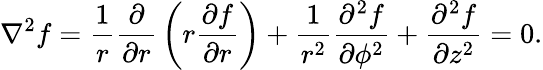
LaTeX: \nabla^{2}f={\frac{1}{r}}{\frac{\partial}{\partial r}}\left(r{\frac{\partial f}{\partial r}}\right)+{\frac{1}{r^{2}}}{\frac{\partial^{2}f}{\partial\phi^{2}}}+{\frac{\partial^{2}f}{\partial z^{2}}}=0.